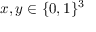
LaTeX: x , y \in \{ 0 , 1 \} ^ { 3 }